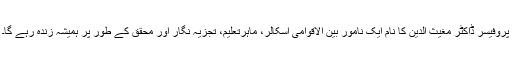
پروفیسر ڈاکٹر مغیث الدین کا نام ایک نامور بین الاقوامی اسکالر، ماہرتعلیم، تجزیہ نگار اور محقق کے طور پر ہمیشہ زندہ رہے گا۔